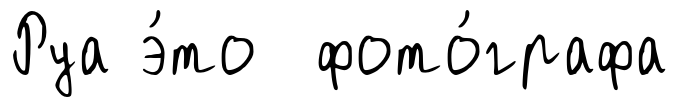
Руа э́то фото́графа